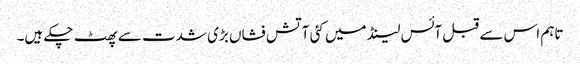
تاہم اس سے قبل آئس لینڈ میں کئی آتش فشاں بڑی شدت سے پھٹ چکے ہیں۔